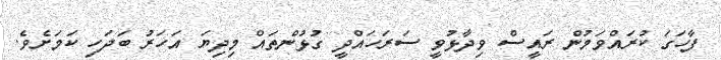
ފާހަގަ ކުރައްވަމުން ރައީސް ވިދާޅުވީ ސަރަހައްދީ ގުޅުންތައް މިދިޔަ އަހަރު ބަދަހި ކަމަށެވެ.